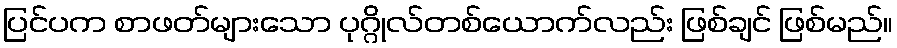
ပြင်ပက စာဖတ်များသော ပုဂ္ဂိုလ်တစ်ယောက်လည်း ဖြစ်ချင် ဖြစ်မည်။